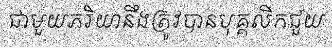
ជាមួយភរិយានឹងត្រូវបានបុគ្គលិកជួយ